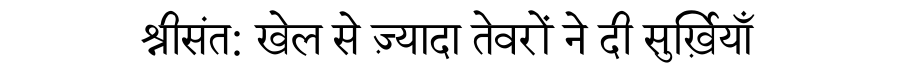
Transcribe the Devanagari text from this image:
श्रीसंत: खेल से ज़्यादा तेवरों ने दी सुर्ख़ियाँ